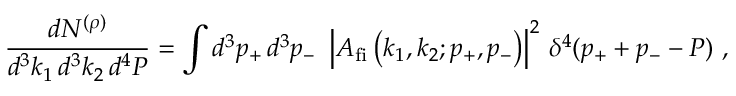
\frac { \displaystyle d N ^ { ( \rho ) } } { \displaystyle d ^ { 3 } k _ { 1 } \, d ^ { 3 } k _ { 2 } \, d ^ { 4 } P } = \int d ^ { 3 } p _ { + } \, d ^ { 3 } p _ { - } ~ \left| A _ { \mathrm { f i } } \left( k _ { 1 } , k _ { 2 } ; p _ { + } , p _ { - } \right) \right| ^ { 2 } \, \delta ^ { 4 } ( p _ { + } + p _ { - } - P ) \ ,